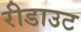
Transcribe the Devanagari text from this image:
रीडाउट